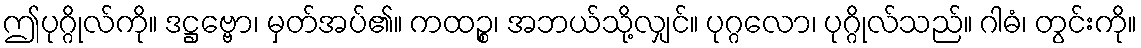
ဤပုဂ္ဂိုလ်ကို။ ဒဋ္ဌဗ္ဗော၊ မှတ်အပ်၏။ ကထဉ္စ၊ အဘယ်သို့လျှင်။ ပုဂ္ဂလော၊ ပုဂ္ဂိုလ်သည်။ ဂါဓံ၊ တွင်းကို။